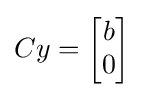
Cy={\begin{bmatrix}b\\0\end{bmatrix}}